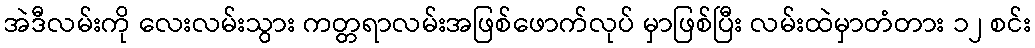
အဲဒီလမ်းကို လေးလမ်းသွား ကတ္တရာလမ်းအဖြစ်ဖောက်လုပ် မှာဖြစ်ပြီး လမ်းထဲမှာတံတား ၁၂ စင်း